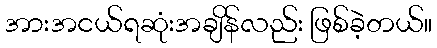
အားအငယ်ရဆုံးအချိန်လည်း ဖြစ်ခဲ့တယ်။